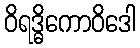
ဝိရဒ္ဓိကောဝိဒေါ